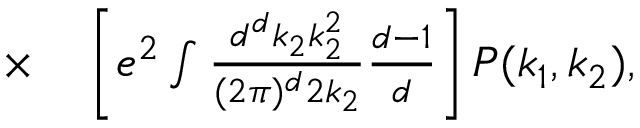
\begin{array} { r l } { \times } & { { } \left[ e ^ { 2 } \int \frac { d ^ { d } k _ { 2 } k _ { 2 } ^ { 2 } } { ( 2 \pi ) ^ { d } 2 k _ { 2 } } \frac { d - 1 } { d } \right] P ( k _ { 1 } , k _ { 2 } ) , } \end{array}